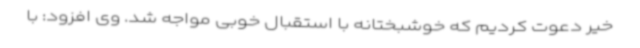
خیر دعوت کردیم که خوشبختانه با استقبال خوبی مواجه شد. وی افزود: با